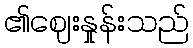
၏ဈေးနှုန်းသည်